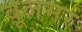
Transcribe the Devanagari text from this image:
वूलमर